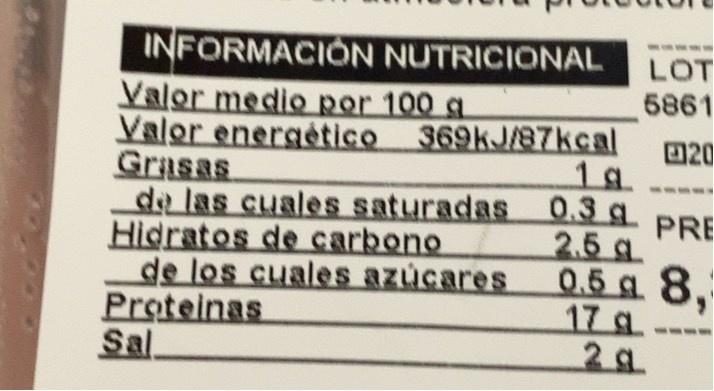
INFORMACION NUTRICIONAL Valor medio por 100 g Valor energético 369KJ/87kcal Grasas de las cuales saturadas 0.3 g. Hidratos de carbono de los cuales azúcares Proteinas Sl.
LOT
5861
20 1g.
PRE 2.5 g 0.5 g 8, 17 g